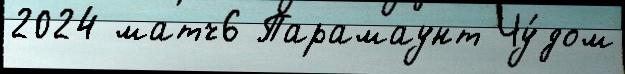
2024 матч6 Парамаунт Чу́дом